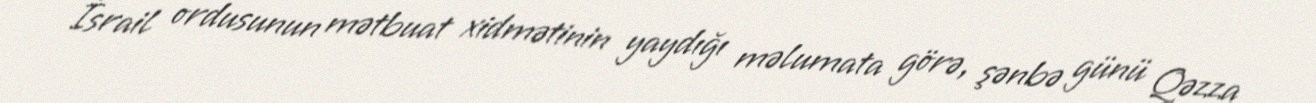
İsrail ordusunun mətbuat xidmətinin yaydığı məlumata görə, şənbə günü Qəzza